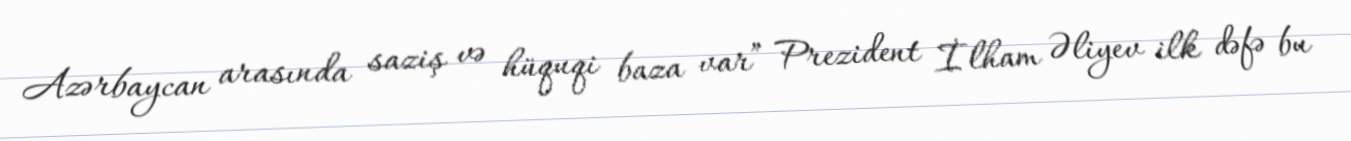
Azərbaycan arasında saziş və hüquqi baza var” Prezident İlham Əliyev ilk dəfə bu